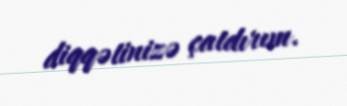
diqqətinizə çatdırım.